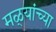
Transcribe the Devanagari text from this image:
मळ्यांच्या